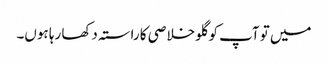
میں تو آپ کو گلو خلاصی کا راستہ دکھا رہا ہوں۔